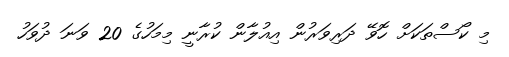
މި ކޯސްތަކަށް ހޮވޭ ދަރިވަރުން އިއުލާން ކުރާނީ މިމަހުގެ 20 ވަނަ ދުވަހު